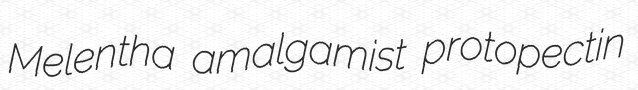
Melentha amalgamist protopectin